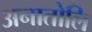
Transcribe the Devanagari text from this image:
अनातोलि